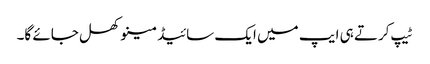
ٹیپ کرتے ہی ایپ میں ایک سائیڈ مینو کھل جائے گا۔